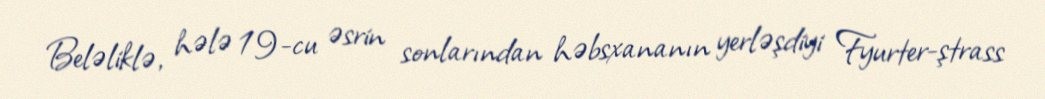
Beləliklə, hələ 19-cu əsrin sonlarından həbsxananın yerləşdiyi Fyurter-ştrass